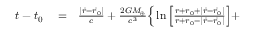
\begin{array} { r l r } { t - t _ { 0 } } & { { } = } & { \frac { | { \vec { r } } - { \vec { r } } _ { 0 } | } { c } + \frac { 2 G M _ { \oplus } } { c ^ { 3 } } \Big \{ \ln \Big [ \frac { r + r _ { 0 } + | { \vec { r } } - { \vec { r } } _ { 0 } | } { r + r _ { 0 } - | { \vec { r } } - { \vec { r } } _ { 0 } | } \Big ] + } \end{array}